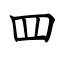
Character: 罒